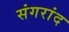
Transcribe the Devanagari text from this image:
संगरांद